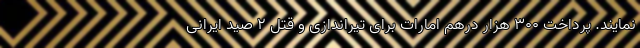
نمایند. پرداخت 300 هزار درهم امارات برای تیراندازی و قتل 2 صید ایرانی